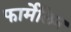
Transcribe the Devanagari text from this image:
फार्मेलिन